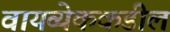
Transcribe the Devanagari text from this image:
वायव्येककडील